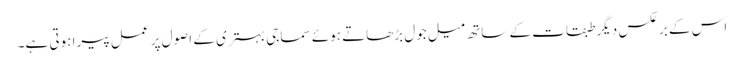
اس کے برعکس دیگر طبقات کے ساتھ میل جول بڑھاتے ہوئے سماجی بہتری کے اصول پر عمل پیرا ہوتی ہے۔